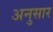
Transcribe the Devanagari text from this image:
अनुसार